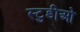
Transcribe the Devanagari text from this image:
स्टुडीओ